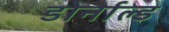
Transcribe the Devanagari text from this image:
डोर्नाल्ड